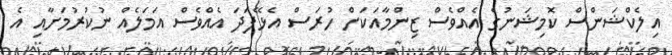
އިލެކްޝަންސް ކޮމިޝަނުގެ އެއްވެސް ޒިންމާއަކަށް ހުރަސް އެޅޭފަދަ އެއްވެސް އަމަލެއް ނުކުރުމަށާއި އެ